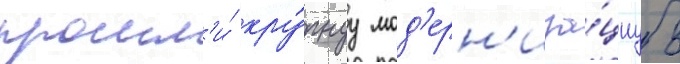
прошл'и́ кру́пнуу мод'ерн'иза́циу в